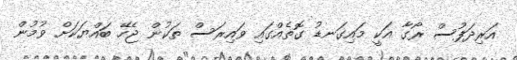
އަރިދަފުސް ރޯގާ އަކީ މައިގަނޑު ގޮތެއްގައި ވައިރަސް ތަކުން ޖެހޭ ބައްޔަކަށް ވުމުން